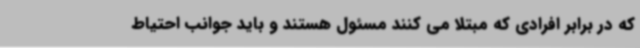
که در برابر افرادی که مبتلا می کنند مسئول هستند و باید جوانب احتیاط